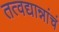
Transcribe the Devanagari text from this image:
तत्वद्यान्नांचं